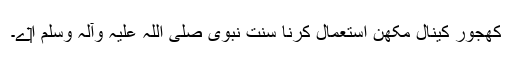
کھجور کینال مکھن استعمال کرنا سنت نبوی صلی اللہ علیہ وآلہ وسلم ا‏‏ے۔